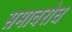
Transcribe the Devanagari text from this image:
समावरोध